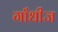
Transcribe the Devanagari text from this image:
गाँधीज